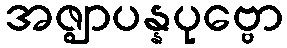
အဇ္ဈာပန္နပုဗ္ဗော